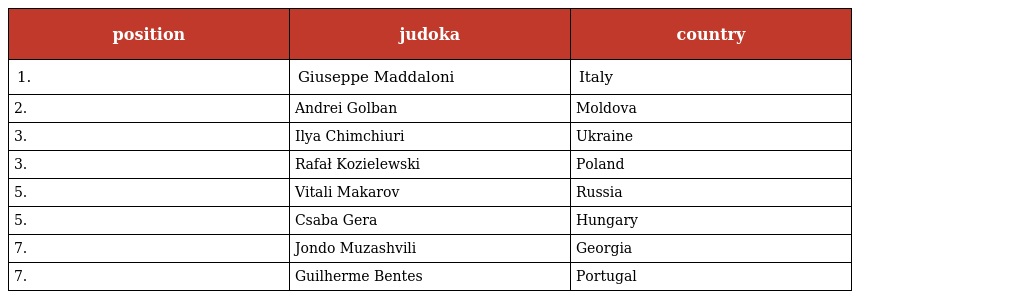
| position | judoka | country |
 | --- | --- | --- |
 | 1. | Giuseppe Maddaloni | Italy |
 | 2. | Andrei Golban | Moldova |
 | 3. | Ilya Chimchiuri | Ukraine |
 | 3. | Rafał Kozielewski | Poland |
 | 5. | Vitali Makarov | Russia |
 | 5. | Csaba Gera | Hungary |
 | 7. | Jondo Muzashvili | Georgia |
 | 7. | Guilherme Bentes | Portugal |